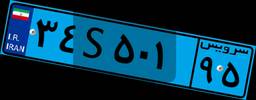
۳۴S۵۰۱۹۵